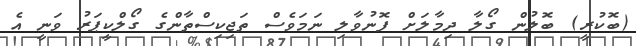
(ބޮކުރީ) ބޮލުން ގޯލާ ދިމާލަށް ފޮނުވާލި ނަމަވެސް ތަޖިކިސްތާންގެ ގޯލްކީޕަރު ވަނީ އެ